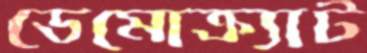
ডেমোক্র্যাট